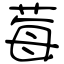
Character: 莓